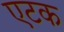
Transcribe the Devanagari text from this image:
एटक